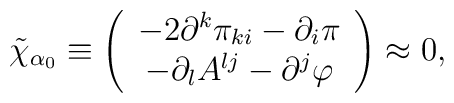
\tilde{\chi}_{\alpha _{0}}\equiv \left( \begin{array}{c}-2\partial ^{k}\pi _{ki}-\partial _{i}\pi  \\ -\partial _{l}A^{lj}-\partial ^{j}\varphi \end{array}\right) \approx 0,